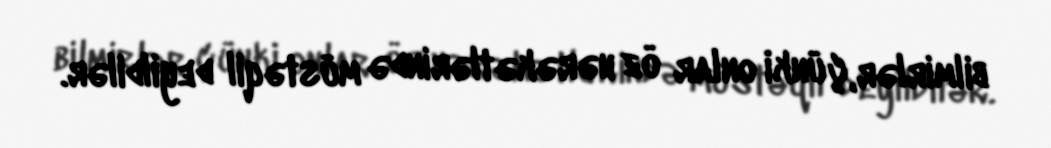
bilmirlər, çünki onlar öz hərəkətlərində müstəqil deyildilər.